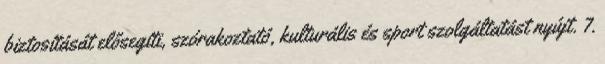
biztosítását elősegíti, szórakoztató, kulturális és sport szolgáltatást nyújt. 7.